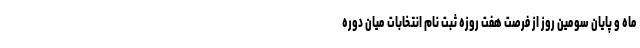
ماه و پایان سومین روز از فرصت هفت روزه ثبت نام انتخابات میان دوره